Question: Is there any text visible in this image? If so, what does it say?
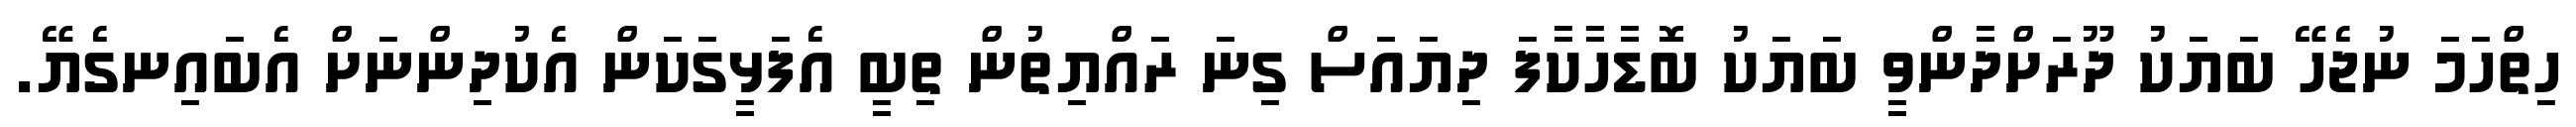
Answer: ހިތްހަމަ ނުޖެހޭ ބަޔަކު ދޫރަށްދާންވީ ބަޔަކު ބޮޑާހާކާފަ ދިޔައަސް ގިނަ ރައްޔިތުން ތިބީ އެފަޅީގަކަން އެކުދިންނަށް އެބައިނގެޔޭ.